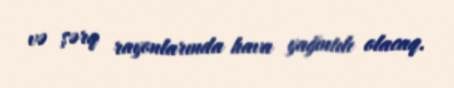
və şərq rayonlarında hava yağıntılı olacaq.